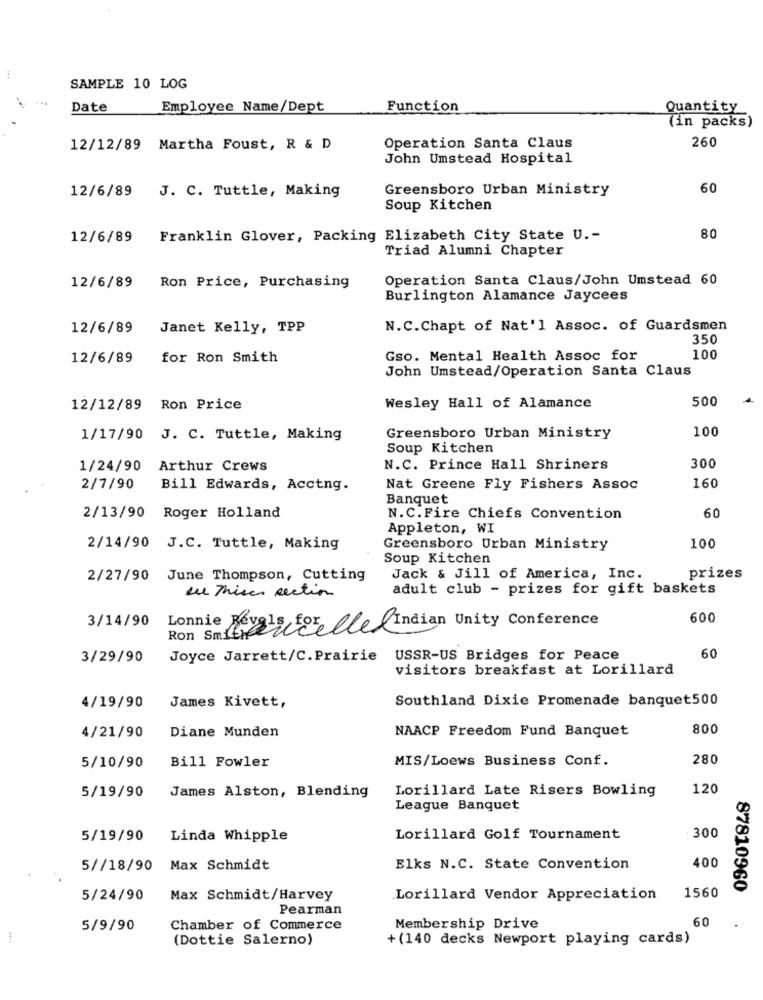
SAMPLE 10 LOG
Date
Employee Name/Dept
Function
Quantity
(in packs)
260
12/12/89 Martha Foust, R & D
Operation Santa Claus
John Umstead Hospital
12/6/89
J. C. Tuttle, Making
Greensboro Urban Ministry
60
Soup Kitchen
12/6/89
Franklin Glover, Packing Elizabeth City State U .-
80
Triad Alumni Chapter
Operation Santa Claus/John Umstead 60
12/6/89
Ron Price, Purchasing
Burlington Alamance Jaycees
12/6/89
Janet Kelly, TPP
N.C.Chapt of Nat'l Assoc. of Guardsmen
350
12/6/89
for Ron Smith
Gso. Mental Health Assoc for
100
John Umstead/Operation Santa Claus
500
12/12/89 Ron Price
Wesley Hall of Alamance
100
1/17/90 J. C. Tuttle, Making
Greensboro Urban Ministry
Soup Kitchen
1/24/90 Arthur Crews
N.C. Prince Hall Shriners
300
2/7/90
Bill Edwards, Acctng.
Nat Greene Fly Fishers Assoc
160
Banquet
60
2/13/90 Roger Holland
N.C.Fire Chiefs Convention
Appleton, WI
2/14/90 J.C. Tuttle, Making
Greensboro Urban Ministry
100
Soup Kitchen
2/27/90 June Thompson, Cutting
Jack & Jill of America, Inc.
prizes
eu This section
adult club - prizes for gift baskets
3/14/90
Lonnie
Ron Smithdieelle Indian Unity Conference
600
3/29/90
Joyce Jarrett/C. Prairie USSR-US Bridges for Peace
60
visitors breakfast at Lorillard
Southland Dixie Promenade banquet500
4/19/90
James Kivett,
Diane Munden
NAACP Freedom Fund Banquet
800
4/21/90
Bill Fowler
MIS/Loews Business Conf.
280
5/10/90
5/19/90
James Alston, Blending
Lorillard Late Risers Bowling
120
League Banquet
300
5/19/90
Linda Whipple
Lorillard Golf Tournament
400
5//18/90 Max Schmidt
Elks N.C. State Convention
1560
87810960
5/24/90
Max Schmidt/Harvey
Lorillard Vendor Appreciation
Pearman
60
5/9/90
Chamber of Commerce
Membership Drive
-
(Dottie Salerno)
+ (140 decks Newport playing cards)